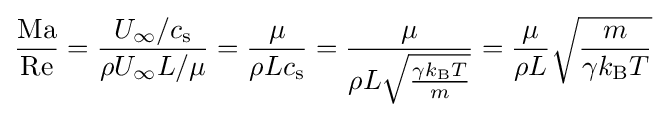
{\frac {\mathrm {Ma} }{\mathrm {Re} }}={\frac {U_{\infty }/c_{\text{s}}}{\rho U_{\infty }L/\mu }}={\frac {\mu }{\rho Lc_{\text{s}}}}={\frac {\mu }{\rho L{\sqrt {\frac {\gamma k_{\text{B}}T}{m}}}}}={\frac {\mu }{\rho L}}{\sqrt {\frac {m}{\gamma k_{\text{B}}T}}}